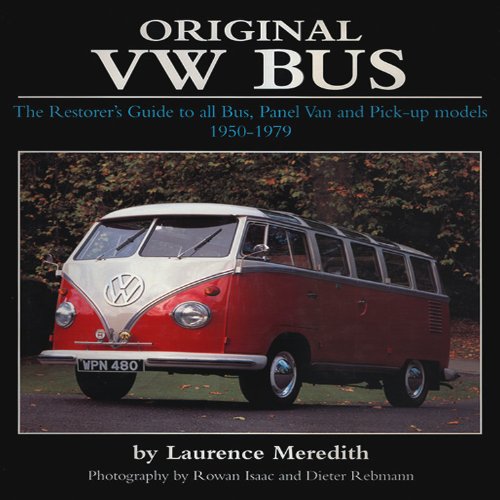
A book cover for Original VW Bus: The Restorer's Guide to all Bus, Panel Van and Pick-up Models 1950-1979 (Original Series); Laurence Meredith; Engineering & Transportation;